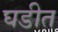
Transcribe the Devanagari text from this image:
घडीत